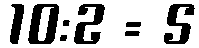
10:2 = 5